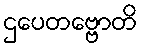
ဌပေတဗ္ဗောတိ